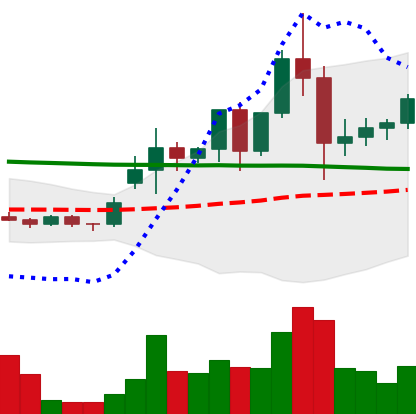
Ticker: ETC-USD
Chart end date: 2020-11-30
Forward return: -7.783%
Label: down_7plus